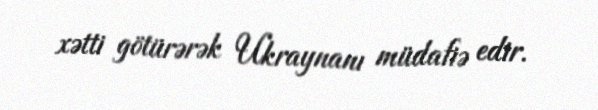
xətti götürərək Ukraynanı müdafiə edir.